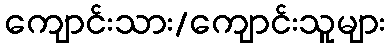
ကျောင်းသား/ကျောင်းသူများ